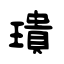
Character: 璝